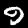
Digit: 9